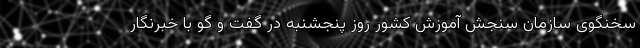
سخنگوی سازمان سنجش آموزش کشور روز پنجشنبه در گفت و گو با خبرنگار